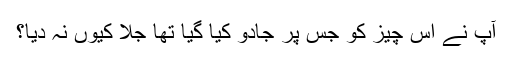
آپؐ نے اس چیز کو جس پر جادو کیا گیا تھا جلا کیوں نہ دیا؟